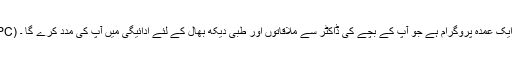
(HIPC) چپ ایک عمدہ پروگرام ہے جو آپ کے بچے کی ڈاکٹر سے ملاقاتوں اور طبی دیکھ بھال کے لئے ادائیگی میں آپ کی مدد کرے گا ۔